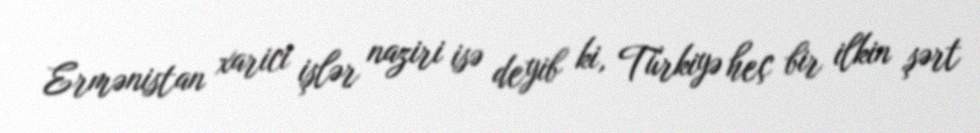
Ermənistan xarici işlər naziri isə deyib ki, Türkiyə heç bir ilkin şərt